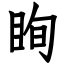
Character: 眴